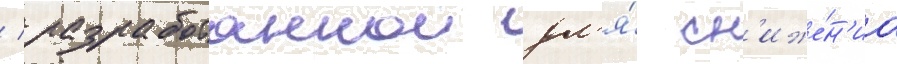
/ разработаннои дл'я́ сн'иже́н'иа